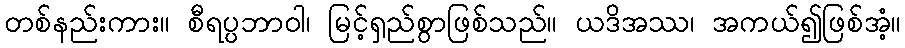
တစ်နည်းကား။ စီရပ္ပဘာဝါ၊ မြင့်ရှည်စွာဖြစ်သည်။ ယဒိအဿ၊ အကယ်၍ဖြစ်အံ့။